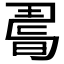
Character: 𢐉